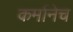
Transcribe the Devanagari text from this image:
कर्मानेच